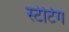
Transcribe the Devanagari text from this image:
स्टेटिंग